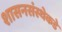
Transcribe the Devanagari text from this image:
शासनसंस्थेकडे